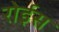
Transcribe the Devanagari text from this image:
रोईस